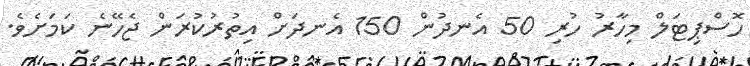
ހޮސްޕިޓަލް މިހާރު ހުރި 50 އެނދުން 150 އެނދަށް އިތުރުކުރަން ޖެހޭނެ ކަމަށެވެ.